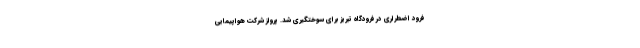
فرود اضطراری در فرودگاه تبریز برای سوختگیری شد. پرواز شرکت هواپیمایی